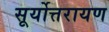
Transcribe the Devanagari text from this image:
सूर्योत्तरायण